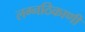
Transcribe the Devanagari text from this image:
लग्नठिकाणी